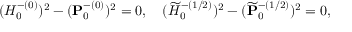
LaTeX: ( H _ { 0 } ^ { - ( 0 ) } ) ^ { 2 } - ( { \bf P } _ { 0 } ^ { - ( 0 ) } ) ^ { 2 } = 0 , \quad ( \widetilde { H } _ { 0 } ^ { - ( 1 / 2 ) } ) ^ { 2 } - ( \widetilde { \bf P } _ { 0 } ^ { - ( 1 / 2 ) } ) ^ { 2 } = 0 ,